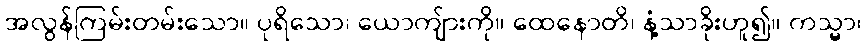
အလွန်ကြမ်းတမ်းသော။ ပုရိသော၊ ယောကျ်ားကို။ ထေနောတိ၊ နံ့သာခိုးဟူ၍။ ကသ္မာ၊